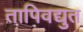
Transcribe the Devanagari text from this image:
तापिवद्युत